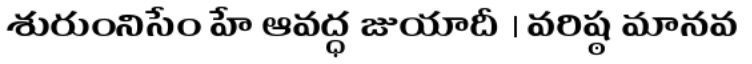
శురుంనిసేం హే ఆవద్ధ జుయాదీ । వరిష్ఠ మానవ